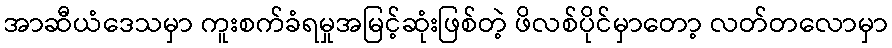
အာဆီယံဒေသမှာ ကူးစက်ခံရမှုအမြင့်ဆုံးဖြစ်တဲ့ ဖိလစ်ပိုင်မှာတော့ လတ်တလောမှာ